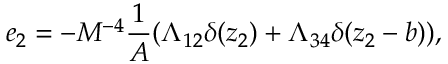
e _ { 2 } = - M ^ { - 4 } \frac { 1 } { A } ( \Lambda _ { 1 2 } \delta ( z _ { 2 } ) + \Lambda _ { 3 4 } \delta ( z _ { 2 } - b ) ) ,